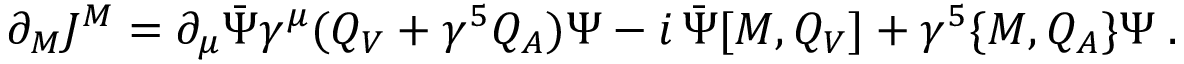
\partial _ { M } J ^ { M } = \partial _ { \mu } \bar { \Psi } \gamma ^ { \mu } ( Q _ { V } + \gamma ^ { 5 } Q _ { A } ) \Psi - i \, \bar { \Psi } [ { \cal M } , Q _ { V } ] + \gamma ^ { 5 } \{ { \cal M } , Q _ { A } \} \Psi \; .